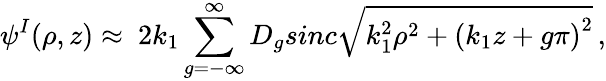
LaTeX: \psi^{I}(\rho,z)\approx\ 2k_{1}\sum_{g=-\infty}^{\infty}D_{g}sinc\sqrt{k_{1}^{2}\rho^{2}+\left(k_{1}z+g\pi\right)^{2}}\, ,